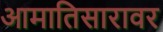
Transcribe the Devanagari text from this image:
आमातिसारावर